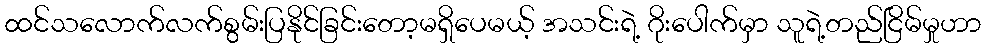
ထင်သလောက်လက်စွမ်းပြနိုင်ခြင်းတော့မရှိပေမယ့် အသင်းရဲ့ ဂိုးပေါက်မှာ သူရဲ့တည်ငြိမ်မှုဟာ